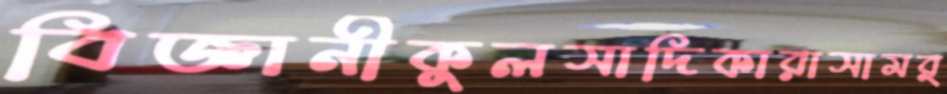
বিজ্ঞানীকুলসাদিকারাসামর্